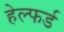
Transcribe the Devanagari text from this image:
हेल्फर्ड